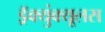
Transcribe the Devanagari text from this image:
ड्रॅक्युंक्यूलस